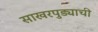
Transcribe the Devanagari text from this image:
साखरपुड्याची